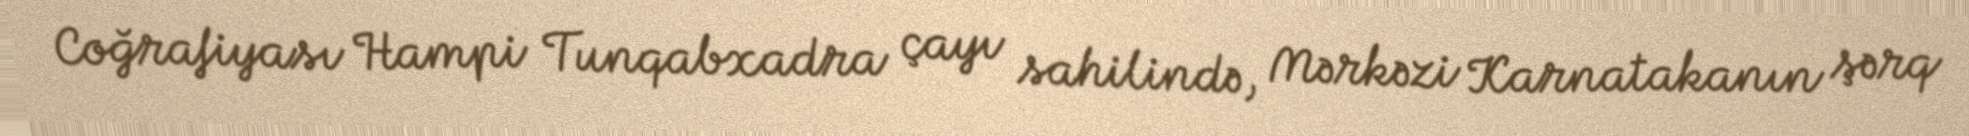
Coğrafiyası Hampi Tunqabxadra çayı sahilində, Mərkəzi Karnatakanın şərq